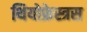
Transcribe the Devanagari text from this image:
थियोफ्रेस्त्रस